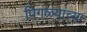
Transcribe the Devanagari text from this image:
पिगळ्यांच्या